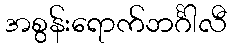
အစွန်းရောက်ဘင်္ဂါလီ